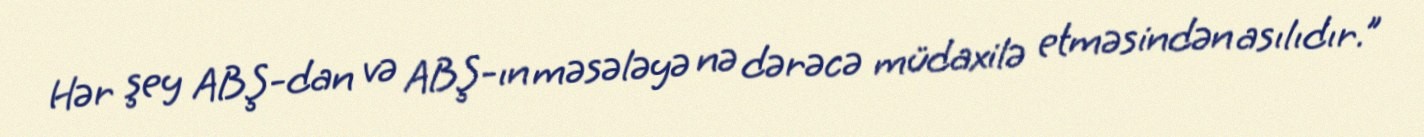
Hər şey ABŞ-dan və ABŞ-ın məsələyə nə dərəcə müdaxilə etməsindən asılıdır.”